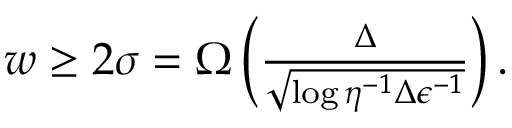
\begin{array} { r } { w \ge 2 \sigma = \Omega \left( \frac { { \Delta } } { \sqrt { \log { \eta ^ { - 1 } { \Delta } { \epsilon } ^ { - 1 } } } } \right) . } \end{array}